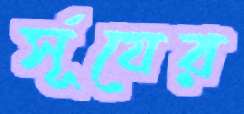
র্সূযের